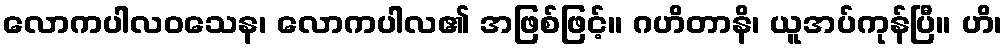
လောကပါလဝသေန၊ လောကပါလ၏ အဖြစ်ဖြင့်။ ဂဟိတာနိ၊ ယူအပ်ကုန်ပြီ။ ဟိ၊